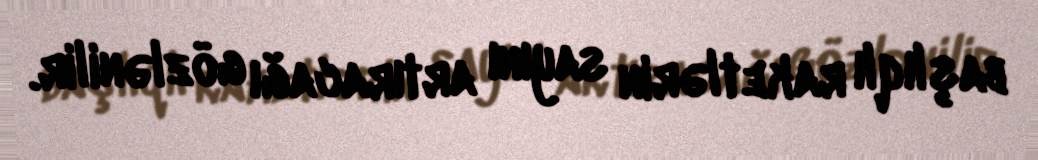
başlıqlı raketlərin sayını artıracağı gözlənilir.